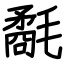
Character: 氄